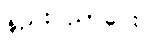
နည်းပညာပေး